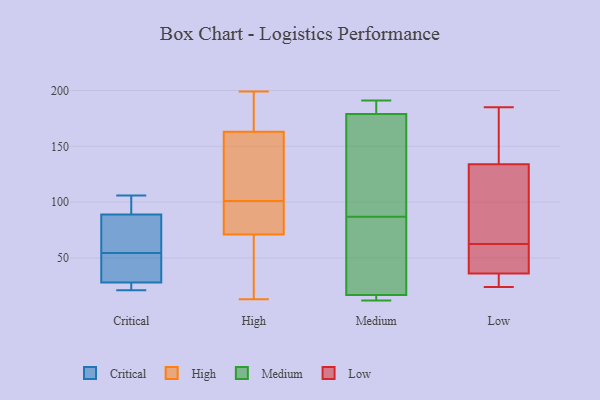
{"axis": {"x": "Latency (ms)", "y": "Value"}, "legend": ["Critical", "High", "Low", "Medium"], "data": [{"x": "", "y": 37, "type": "Critical"}, {"x": "", "y": 47, "type": "Critical"}, {"x": "", "y": 27, "type": "Critical"}, {"x": "", "y": 71, "type": "Critical"}, {"x": "", "y": 21, "type": "Critical"}, {"x": "", "y": 28, "type": "Critical"}, {"x": "", "y": 62, "type": "Critical"}, {"x": "", "y": 102, "type": "Critical"}, {"x": "", "y": 89, "type": "Critical"}, {"x": "", "y": 106, "type": "Critical"}, {"x": "", "y": 128, "type": "High"}, {"x": "", "y": 91, "type": "High"}, {"x": "", "y": 199, "type": "High"}, {"x": "", "y": 192, "type": "High"}, {"x": "", "y": 118, "type": "High"}, {"x": "", "y": 163, "type": "High"}, {"x": "", "y": 111, "type": "High"}, {"x": "", "y": 13, "type": "High"}, {"x": "", "y": 83, "type": "High"}, {"x": "", "y": 19, "type": "High"}, {"x": "", "y": 57, "type": "High"}, {"x": "", "y": 183, "type": "High"}, {"x": "", "y": 71, "type": "High"}, {"x": "", "y": 84, "type": "High"}, {"x": "", "y": 178, "type": "Medium"}, {"x": "", "y": 189, "type": "Medium"}, {"x": "", "y": 182, "type": "Medium"}, {"x": "", "y": 12, "type": "Medium"}, {"x": "", "y": 191, "type": "Medium"}, {"x": "", "y": 16, "type": "Medium"}, {"x": "", "y": 53, "type": "Medium"}, {"x": "", "y": 16, "type": "Medium"}, {"x": "", "y": 17, "type": "Medium"}, {"x": "", "y": 87, "type": "Medium"}, {"x": "", "y": 122, "type": "Medium"}, {"x": "", "y": 58, "type": "Medium"}, {"x": "", "y": 103, "type": "Medium"}, {"x": "", "y": 24, "type": "Low"}, {"x": "", "y": 68, "type": "Low"}, {"x": "", "y": 185, "type": "Low"}, {"x": "", "y": 40, "type": "Low"}, {"x": "", "y": 57, "type": "Low"}, {"x": "", "y": 166, "type": "Low"}, {"x": "", "y": 36, "type": "Low"}, {"x": "", "y": 36, "type": "Low"}, {"x": "", "y": 134, "type": "Low"}, {"x": "", "y": 104, "type": "Low"}]}